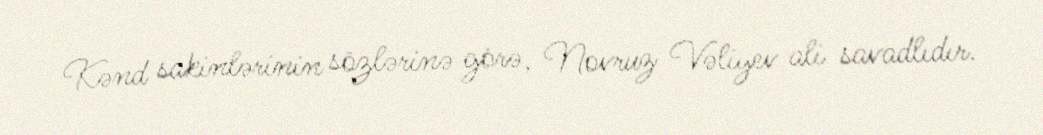
Kənd sakinlərinin sözlərinə görə, Novruz Vəliyev ali savadlıdır.